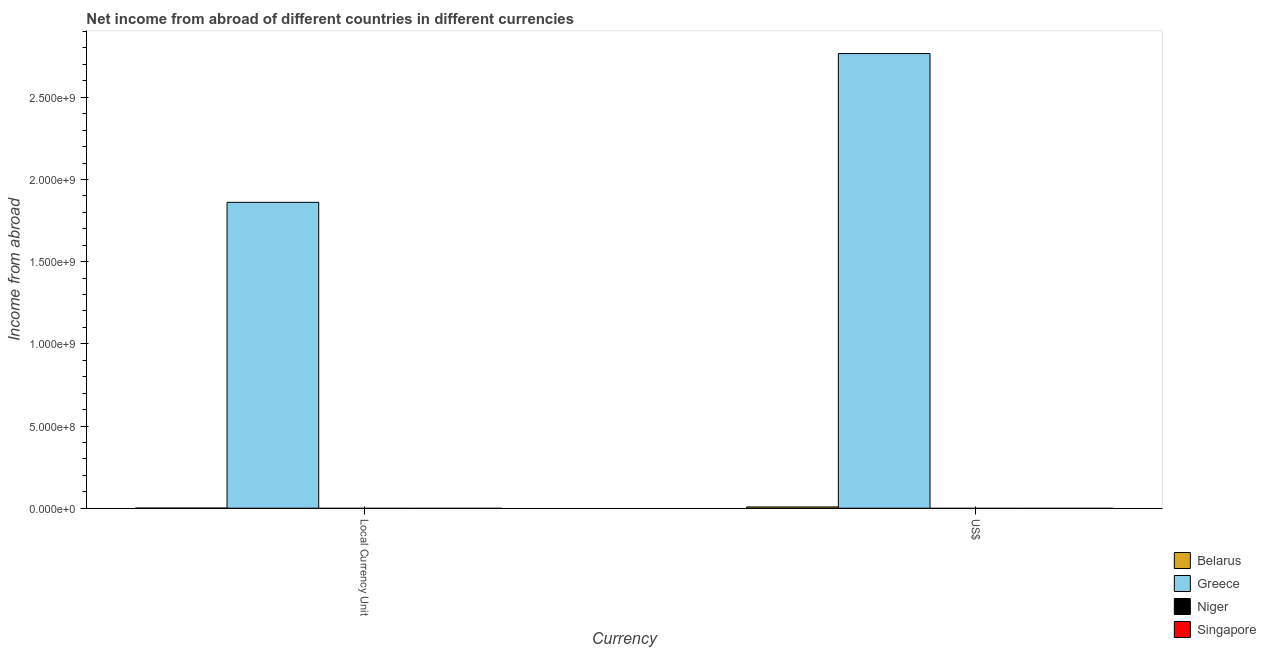
| Currency | Belarus | Greece | Niger | Singapore |
 | --- | --- | --- | --- | --- |
 | Local Currency Unit | 4.6e+05 | 1.86e+09 | -9.4e+09 | -2.07e+09 |
 | US$ | 7.6e+06 | 2.77e+09 | -2.4e+07 | -1.28e+09 |